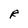
Character: R